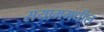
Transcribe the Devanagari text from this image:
सयाममधील